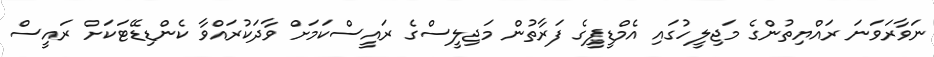
ނަވާރަވަނަ ރައްޔިތުންގެ މަޖިލީހުގައި އެމްޑީޕީގެ ފަރާތުން މަޖިލީސްގެ ރައީސްކަމަށް ވާދަކުރައްވާ ކެންޑިޑޭޓަކަށް ރައީސް